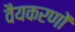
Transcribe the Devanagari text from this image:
वैयकरणों